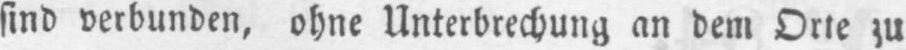
sind verbunden, ohne Unterbrechung an dem Orte zu